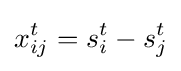
x_{ij}^{t}=s_{i}^{t}-s_{j}^{t}